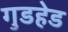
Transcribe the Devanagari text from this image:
गुडहेड